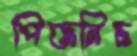
পিজনিচ